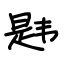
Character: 韪